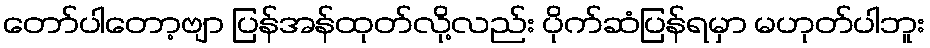
တော်ပါတော့ဗျာ ပြန်အန်ထုတ်လို့လည်း ပိုက်ဆံပြန်ရမှာ မဟုတ်ပါဘူး